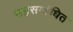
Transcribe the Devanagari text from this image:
सहसम्बंधित